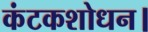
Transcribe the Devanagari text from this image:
कंटकशोधन।